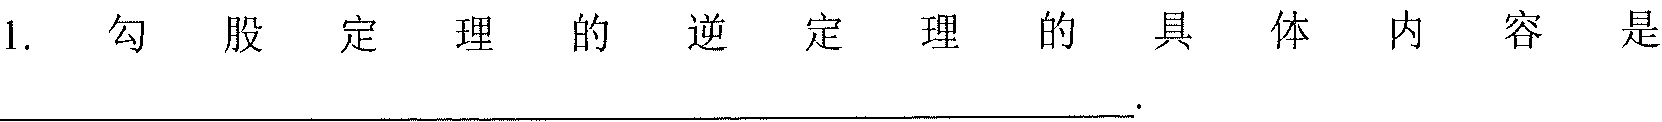
1. 勾股定理的逆定理的具体内容是___.